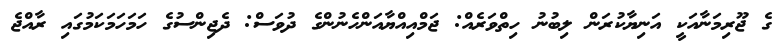
ގެ ޖޫރިމަނާއަކީ އަނިޔާކުރަން ލިބުނު ހިތްވަރެއް: ޖަމްއިއްޔާއަންހެނުންގެ ދުވަސް: ދެޖިންސުގެ ހަމަހަމަކަމުގައި ރާއްޖެ